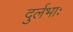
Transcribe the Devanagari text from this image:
दुर्लभाः